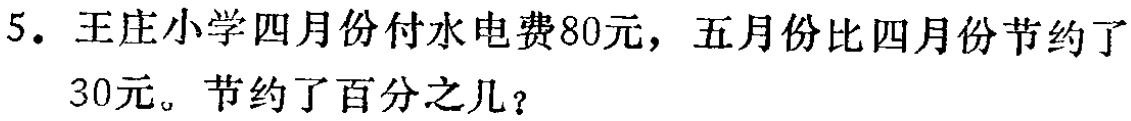
5. 王庄小学四月份付水电费80元，五月份比四月份节约了30元。节约了百分之几？